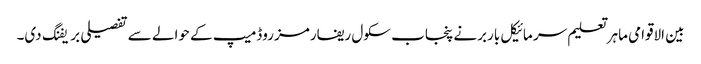
بین الاقوامی ماہر تعلیم سر مائیکل باربرنے پنجاب سکول ریفارمز روڈمیپ کے حوالے سے تفصیلی بریفنگ دی۔